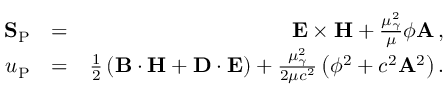
\begin{array} { r l r } { { \bf S } _ { \mathrm { P } } } & { = } & { { \bf E } \times { \bf H } + \frac { \mu _ { \gamma } ^ { 2 } } { \mu } \phi { \bf A } \, , } \\ { u _ { \mathrm { P } } } & { = } & { \frac { 1 } { 2 } \left( { \bf B } \cdot { \bf H } + { \bf D } \cdot { \bf E } \right) + \frac { \mu _ { \gamma } ^ { 2 } } { 2 \mu c ^ { 2 } } \left( \phi ^ { 2 } + c ^ { 2 } { \bf A } ^ { 2 } \right) . } \end{array}